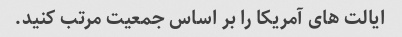
ایالت های آمریکا را بر اساس جمعیت مرتب کنید.